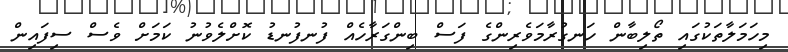
މިހަމަލާތަކުގައި ތޯލިބާން ހަނގުރާމަވެރިންގެ ފަސް ބިންގަރާހެއް ފުނފުނޑު ކޮށްލެވުނު ކަމަށް ވެސް ސިފައިން